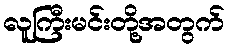
လူကြီးမင်းတို့အတွက်